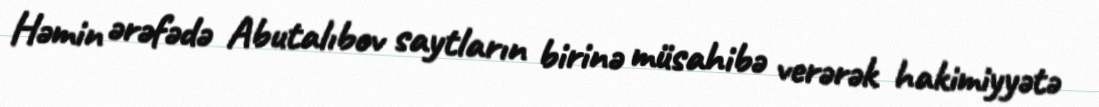
Həmin ərəfədə Abutalıbov saytların birinə müsahibə verərək hakimiyyətə